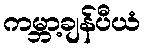
ကမ္ဘာ့ချန်ပီယံ